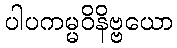
ပါပကမ္မဝိနိဗ္ဗယော